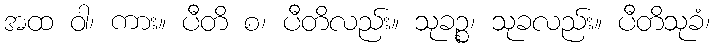
အထ ဝါ၊ ကား။ ပီတိ စ၊ ပီတိလည်း။ သုခဉ္စ၊ သုခလည်း။ ပီတိသုခံ၊